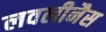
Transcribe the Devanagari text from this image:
लवलीनैस